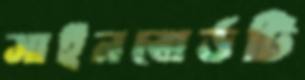
সাইনবোর্ডটি